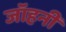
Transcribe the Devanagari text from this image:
जॉहनी